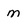
Character: m